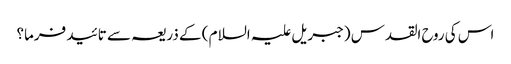
اس کی روح القدس (جبریل علیہ السلام ) کے ذریعہ سے تائید فرما؟